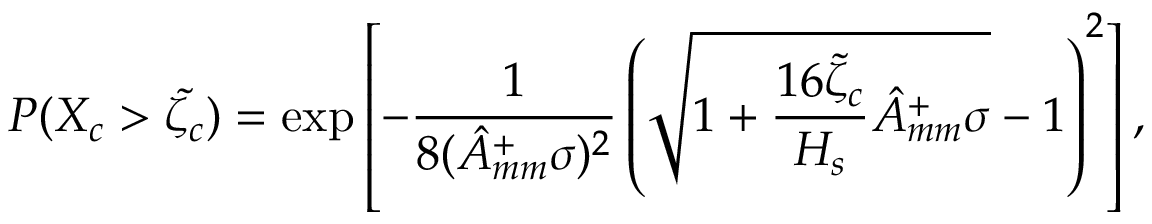
P ( X _ { c } > \tilde { \zeta _ { c } } ) = \exp \left[ - \frac { 1 } { 8 ( { \hat { A } } _ { m m } ^ { + } \sigma ) ^ { 2 } } \left( \sqrt { 1 + \frac { 1 6 \tilde { \zeta } _ { c } } { H _ { s } } { \hat { A } } _ { m m } ^ { + } \sigma } - 1 \right) ^ { 2 } \right] ,